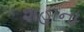
શહાના